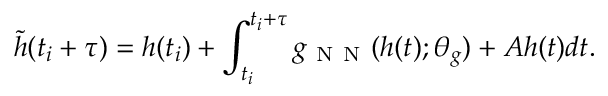
\tilde { h } ( t _ { i } + \tau ) = h ( t _ { i } ) + \int _ { t _ { i } } ^ { t _ { i } + \tau } g _ { \mathrm { ~ N ~ N ~ } } ( h ( t ) ; \theta _ { g } ) + A h ( t ) d t .